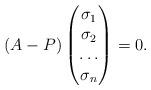
LaTeX: \begin{align*}\left(A-P\right)\left(\begin{matrix}\sigma_1 \\\sigma_2 \\\ldots \\\sigma_n \\\end{matrix}\right) = 0.\end{align*}